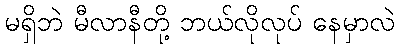
မရှိဘဲ မီလာနီတို့ ဘယ်လိုလုပ် နေမှာလဲ